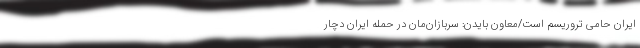
ایران حامی تروریسم است/معاون بایدن: سربازان‌مان در حمله ایران دچار